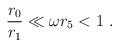
LaTeX: \begin{align*}\frac{r_0}{r_1} \ll \omega r_5 <1~.\end{align*}